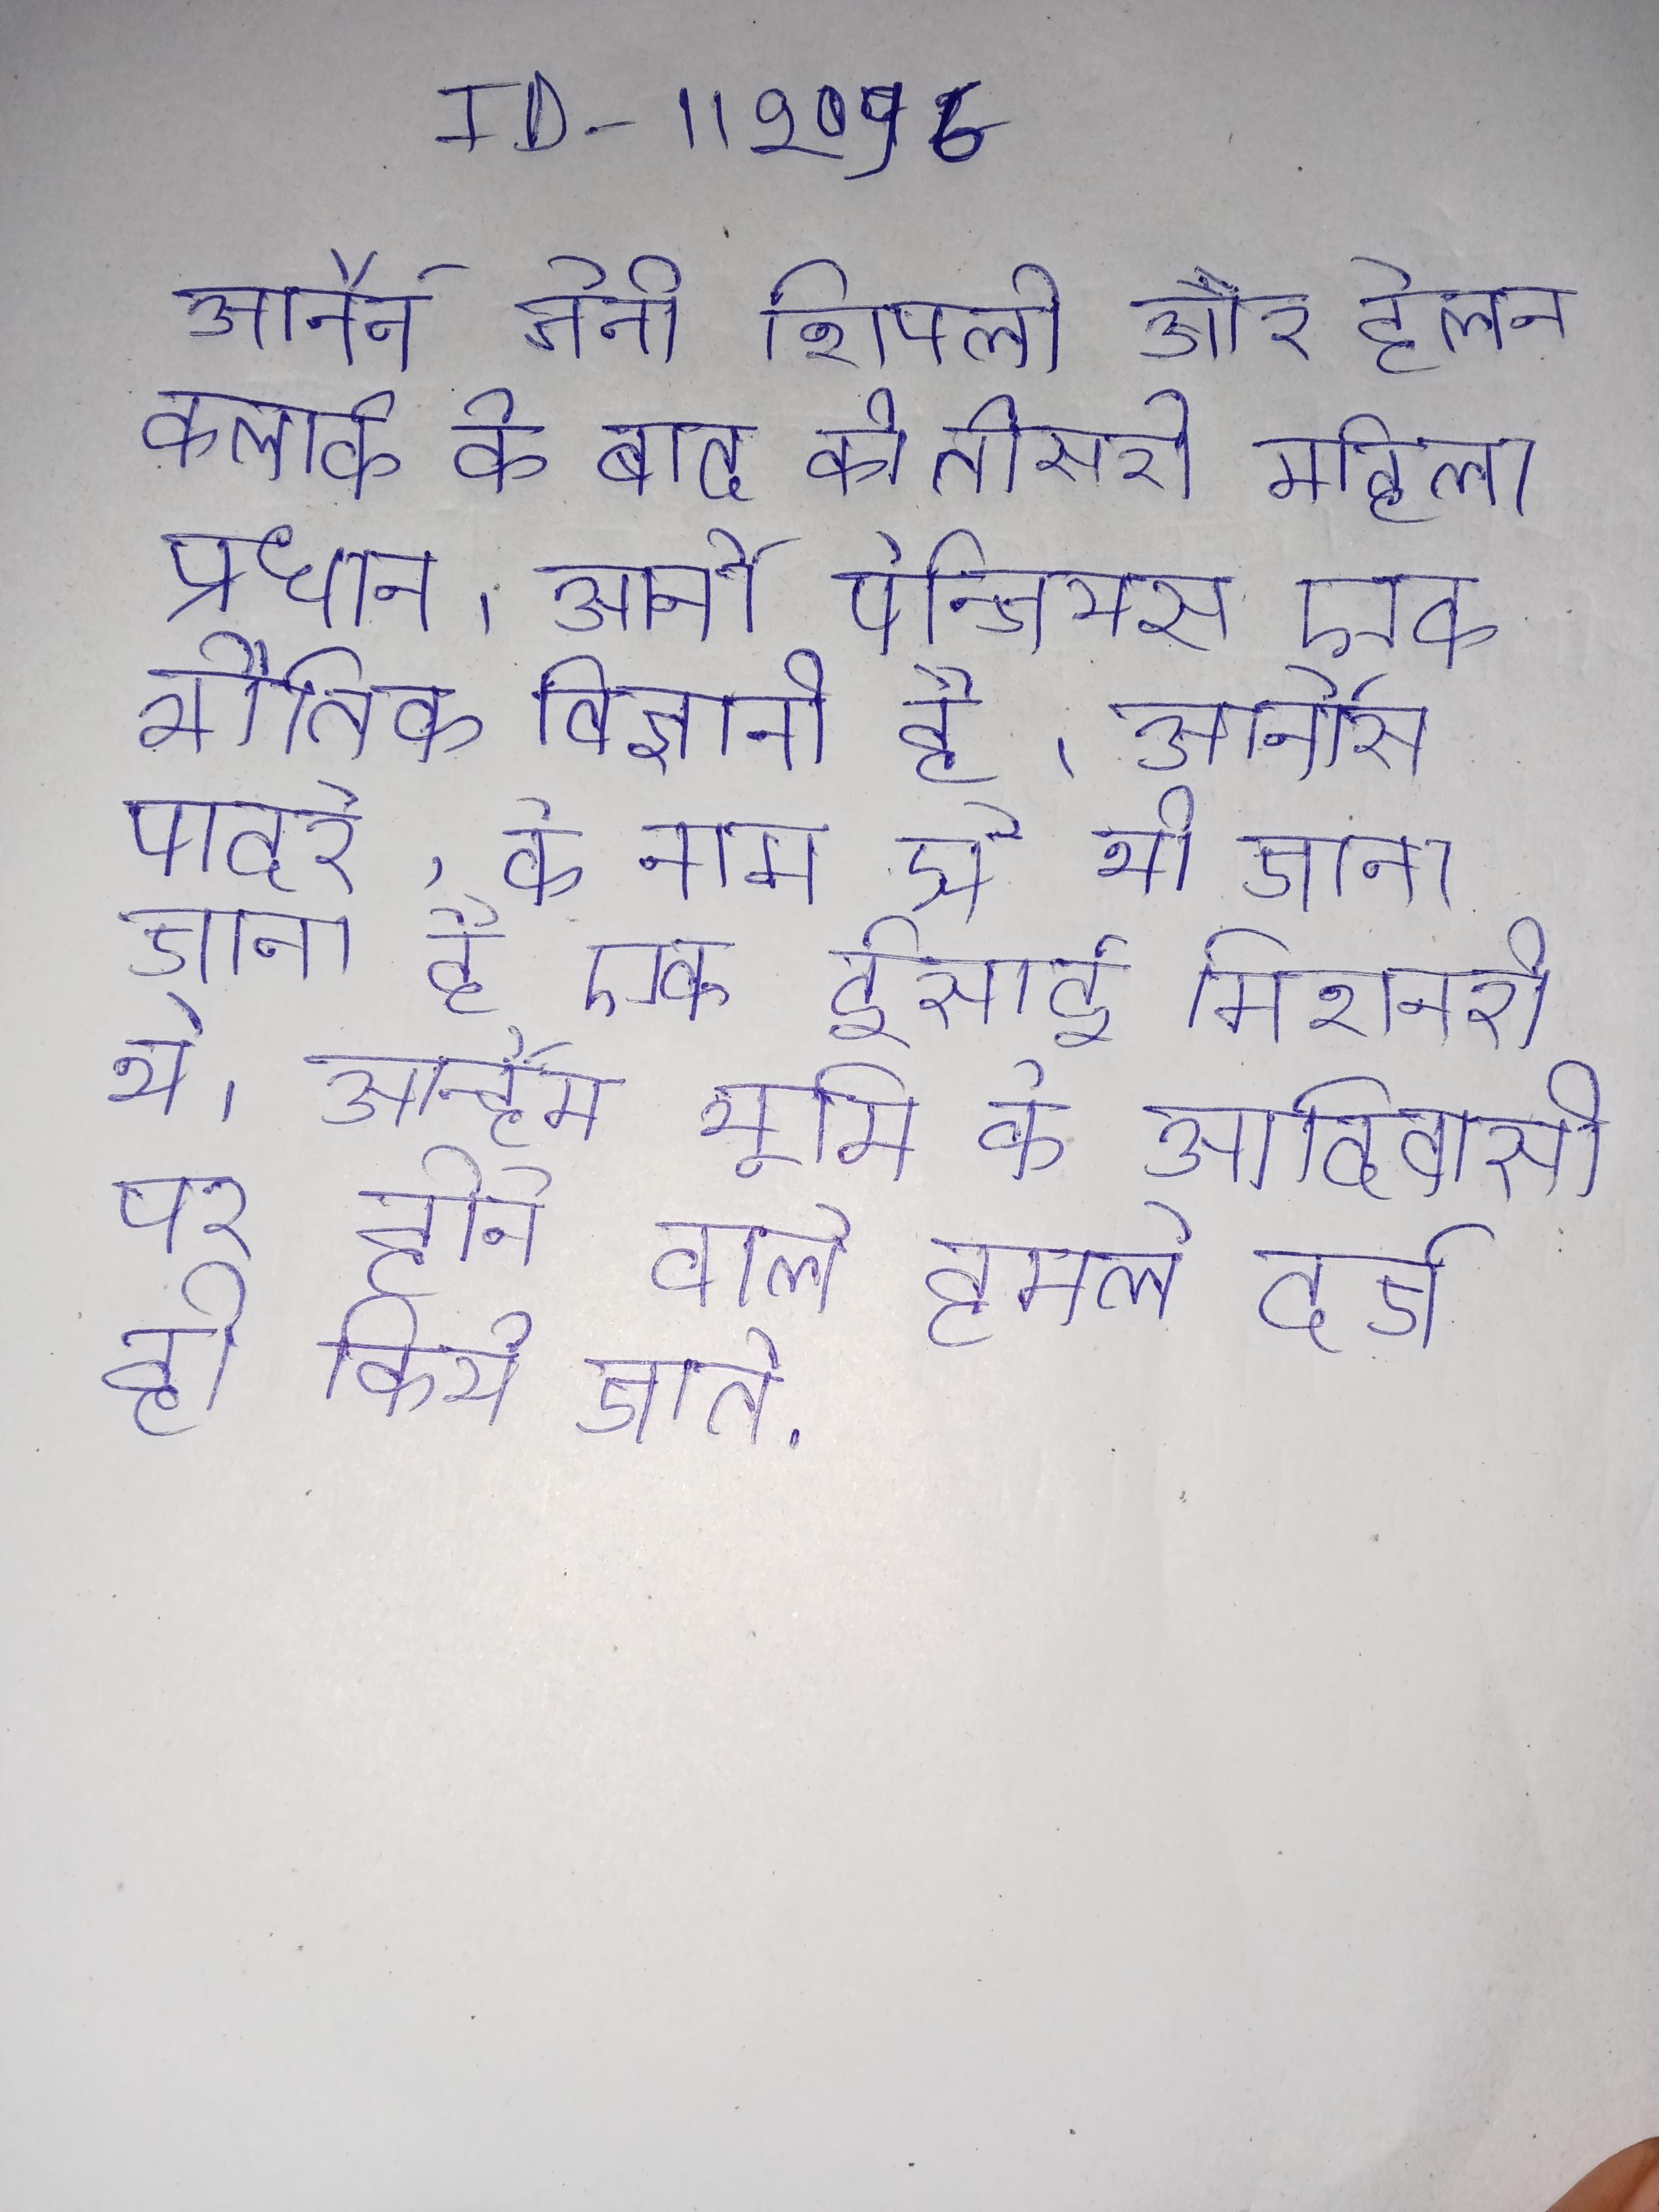
आर्नेर्न जेनी शिपली और हेलेन क्लार्क के बाद की तीसरी महिला प्रधान । आर्नो पेन्जियस एक भौतिक विज्ञानी है । आर्नोस पादरे, के नाम से भी जाना जाता है, एक ईसाई मिशनरी थे । आर्न्हेम भूमि के आदिवासी पर होने वाले हमले दर्ज ही किये जाते .